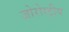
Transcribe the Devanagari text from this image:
जोरोस्ट्रीय